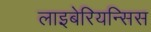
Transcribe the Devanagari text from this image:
लाइबेरियन्सिस